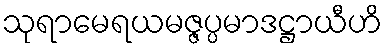
သုရာမေရယမဇ္ဇပ္ပမာဒဋ္ဌာယီဟိ